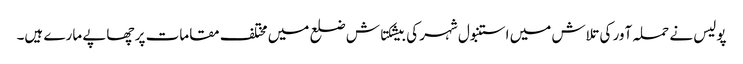
پولیس نے حملہ آور کی تلاش میں استنبول شہر کی بیشکتاش ضلع میں مختلف مقامات پر چھاپے مارے ہیں۔